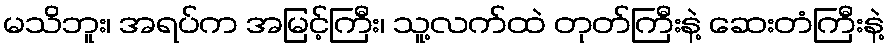
မသိဘူး၊ အရပ်က အမြင့်ကြီး၊ သူ့လက်ထဲ တုတ်ကြီးနဲ့ ဆေးတံကြီးနဲ့